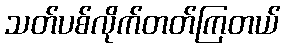
သတ်ပစ်လိုက်တတ်ကြတယ်